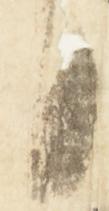
日